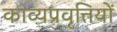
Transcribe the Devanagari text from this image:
काव्यप्रवृत्तियों